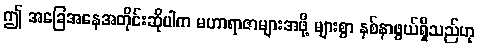
ဤ အခြေအနေအတိုင်းဆိုပါက မဟာရာဇာများအဖို့ များစွာ နစ်နာဖွယ်ရှိသည်ဟု